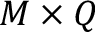
M \times Q